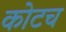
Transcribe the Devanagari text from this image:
कोटच